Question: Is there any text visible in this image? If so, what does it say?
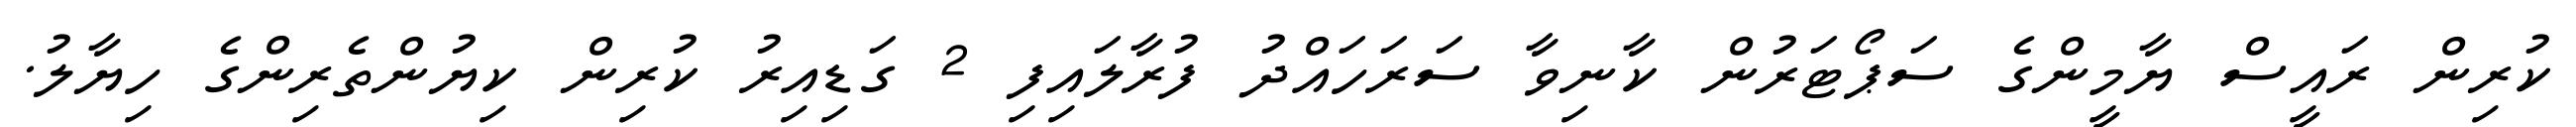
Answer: ކުރިން ރައީސް ޔާމީންގެ ސަޕޯޓަރުން ކާނިވާ ސަރަހައްދު ފުރާލައިފި 2 ގަޑިއިރު ކުރިން ކިޔުންތެރިންގެ ހިޔާލު.